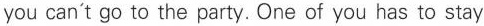
you can't go to the party. One of you has to stay